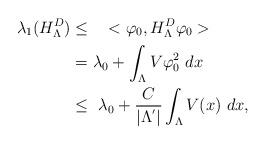
LaTeX: \begin{align*}\lambda_1 (H_{\Lambda}^D)& \leq ~~ < \varphi_0, H_{\Lambda}^D \varphi_0 >\\ ~& = \lambda_0 + \int_{\Lambda} V \varphi_0^2 ~dx\\& \leq~ \lambda_0 + \frac{C}{|\Lambda^{'}|} \int_{\Lambda} V (x) ~dx, \end{align*}